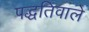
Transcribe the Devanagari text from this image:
पद्धतिवाले